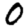
Digit: 0